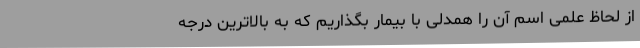
از لحاظ علمی اسم آن را همدلی با بیمار بگذاریم که به بالاترین درجه